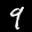
Label: 9